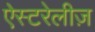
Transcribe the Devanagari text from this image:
ऐस्टरेलीज़